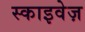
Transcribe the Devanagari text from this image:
स्काइवेज़